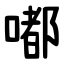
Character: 嘟